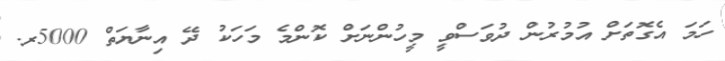
ހަމަ އެގޮތަށް އުމުރުން ދުވަސްވީ މީހުންނަށް ކޮންމެ މަހަކު ދޭ އިނާޔަތް 5000ރ.